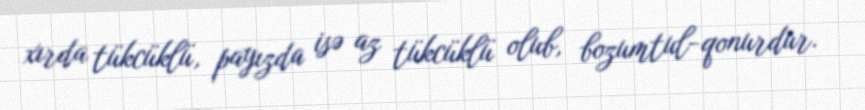
xırda tükcüklü, payızda isə az tükcüklü olub, bozumtul-qonurdur.